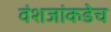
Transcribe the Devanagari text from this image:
वंशजांकडेच